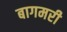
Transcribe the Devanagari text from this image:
बागमरी